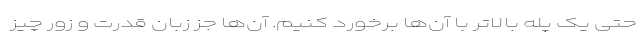
حتی یک پله بالاتر با آن‌ها برخورد کنیم. آن‌ها جز زبان قدرت و زور چیز